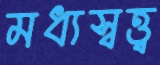
মধ্যস্বত্ত্ব